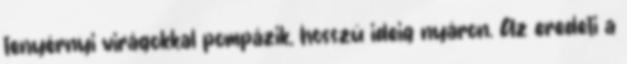
tenyérnyi virágokkal pompázik, hosszú ideig nyáron. Az eredeti a